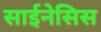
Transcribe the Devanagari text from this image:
साईनेसिस